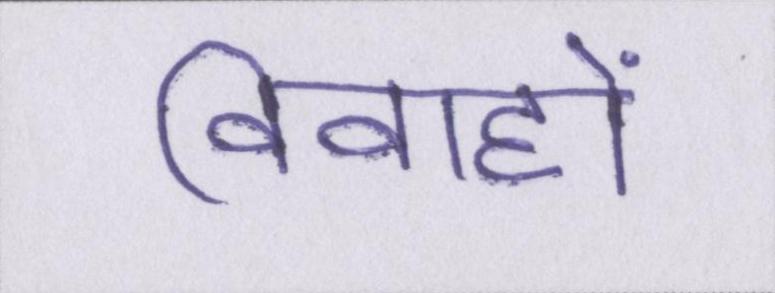
विवाहों